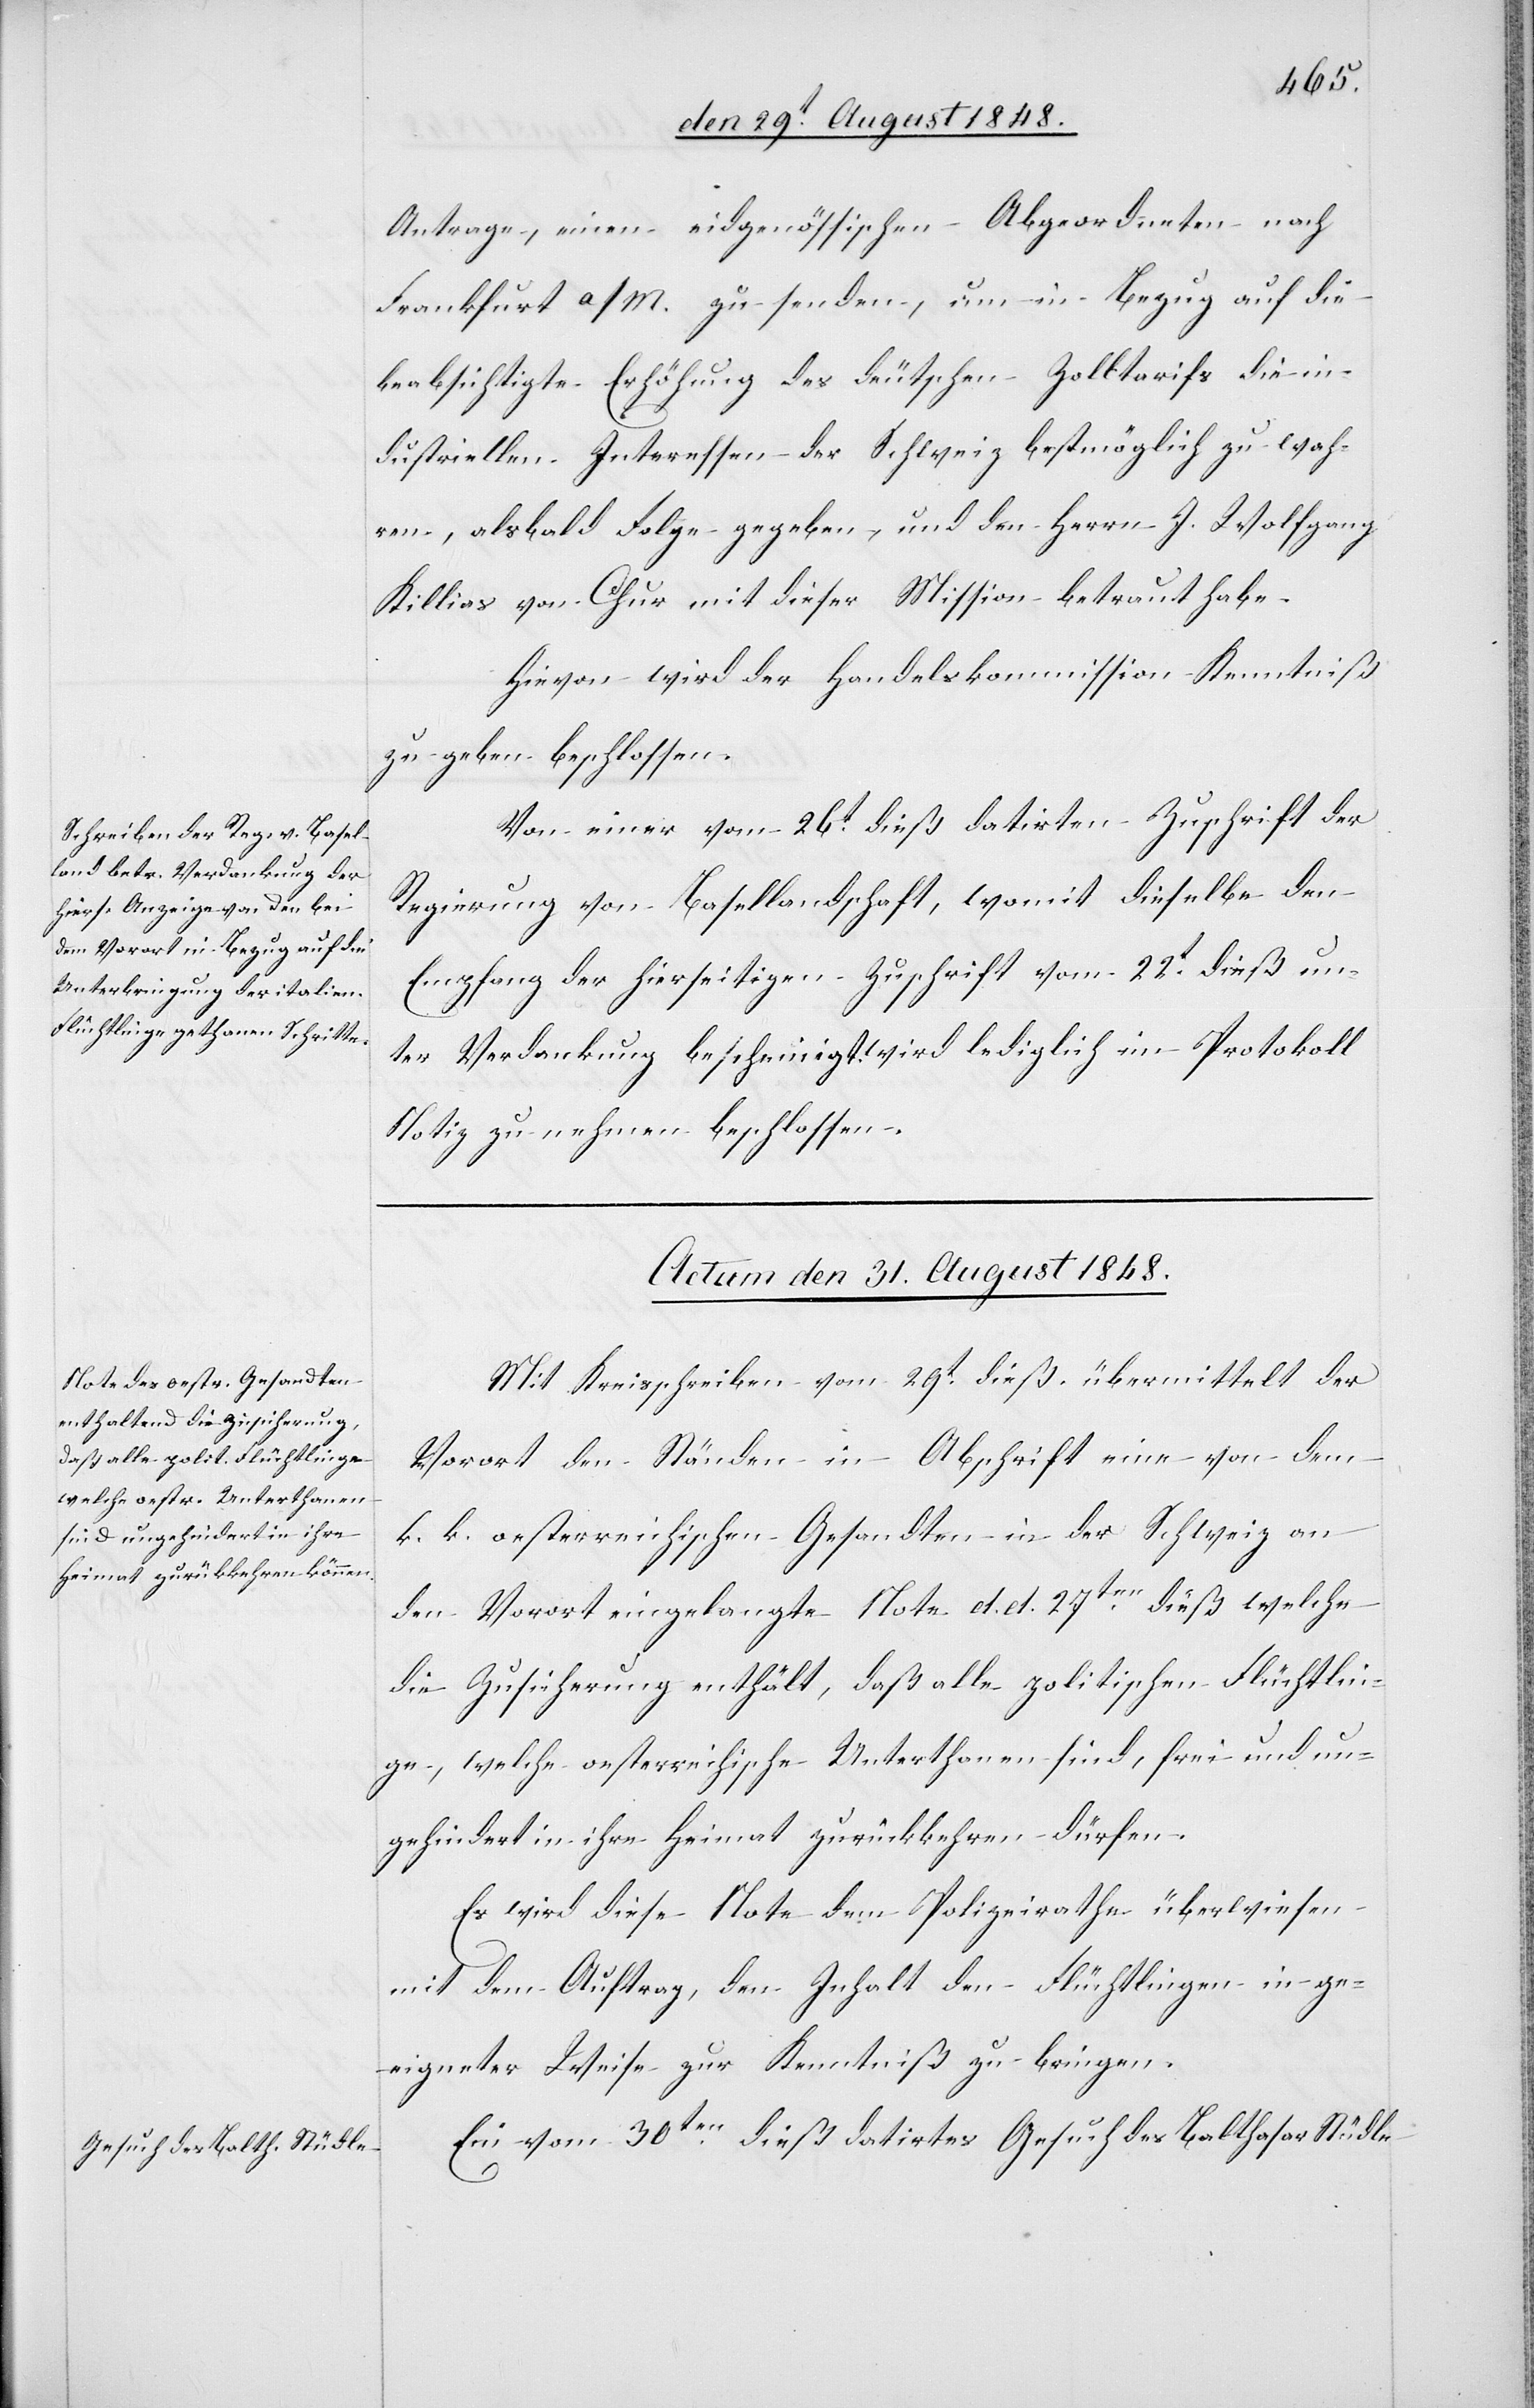
Antrage, einen eidgenössischen Abgeordneten nach
Frankfurt a/M. zu senden, um in Bezug auf die
beabsichtigte Erhöhung des deutschen Zolltarifs die in¬
dustriellen Interessen der Schweiz bestmöglich zu wah¬
ren, alsbald Folge gegeben, und den Herrn J. Wolfgang
Killias von Chur mit dieser Mission betraut habe.
Hievon wird der Handelskommission Kenntniß
zu geben beschlossen.
Von einer vom 26t dieß datirten Zuschrift der
Regierung von Basellandschaft, womit dieselbe den
Empfang der hierseitigen Zuschrift vom 22t dieß un¬
ter Verdankung bescheinigt, wird im Protokoll Notiz
zu nehmen beschlossen.
Actum den 31. August 1848.]
Mit Kreisschreiben vom 29t dieß übermittelt der
Vorort den Ständen in Abschrift eine von dem
k. k. oesterreichischen Gesandten in der Schweiz an
den Vorort eingelangte Note d. d. 27ten dieß welche
die Zusicherung enthält, daß alle politischen Flüchtlin¬
ge, welche oesterreichische Unterthanen sind, frei und un¬
gehindert in ihre Heimat zurückkehren dürfen.
Es wird diese Note dem Polizeirathe überwiesen
mit dem Auftrag, den Inhalt den Flüchtlingen in ge¬
eigneter Weise zur Kenntniß zu bringen.
Ein vom 30ten dieß datirtes Gesuch des Balthasar Stüdle